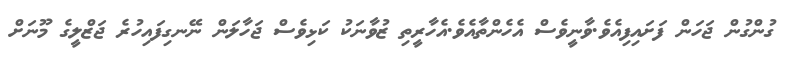
ގުންގުން ޖަހަން ފަށައިފިއެވެ.ވާނީވެސް އެހެންތާއެވެ.އެހާރީތި ޒުވާނަކު ކަޅިވެސް ޖަހާލަން ނޭނގިފައިހުރެ ޖަޒްލީގެ މޫނަށް